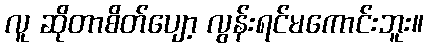
လူ ဆိုတာစိတ်ပျော့ လွန်းရင်မကောင်းဘူး။